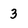
Character: 3